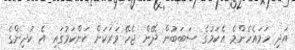
އަދި ހަމައެހެންމެ އެކަމުގެ ސަބަބުން ދޭން ޖެހޭ ވަރަކަށް ކަންކަމުގައި އެ ކުދިންގެ